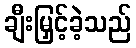
ချီးမြှင့်ခဲ့သည်